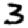
Digit: 3